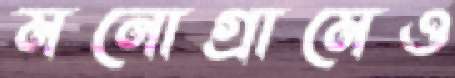
মনোগ্রামেও